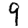
Digit: 9